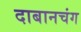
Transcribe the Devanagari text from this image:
दाबानचंग